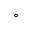
^ \circ